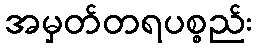
အမှတ်တရပစ္စည်း